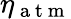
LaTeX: \eta_{\mathrm{~a~t~m~}}